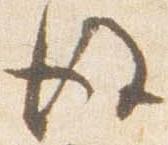
後